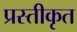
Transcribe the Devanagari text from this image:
प्रस्तीकृत